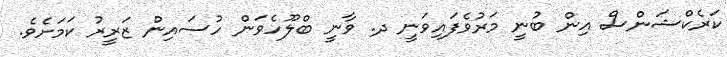
ކަރެކްޝަންސް އިން ބުނީ މަރުވެފައިވަނީ ދ. ވާނީ ބްލޫހެވަން ހުސައިން ޒަރީރު ކަމަށެވެ.